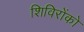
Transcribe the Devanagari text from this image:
शिविरोंको